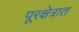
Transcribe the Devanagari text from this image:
पूरक्षेत्रात